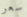
سعر